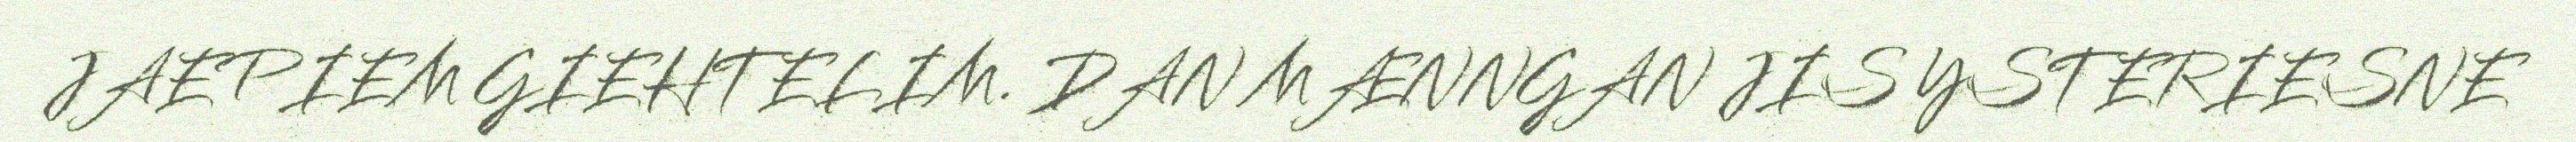
JAEPIEM GIEHTELIM. DAN MÆNNGAN JIS YSTERIESNE